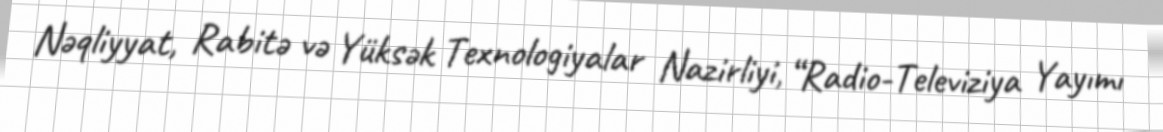
Nəqliyyat, Rabitə və Yüksək Texnologiyalar Nazirliyi, “Radio-Televiziya Yayımı